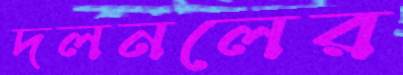
দলনলের